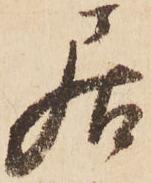
居